Lunatic asylums Central Provinces reports 1874-1885 - 1874-1885
Year: 1874
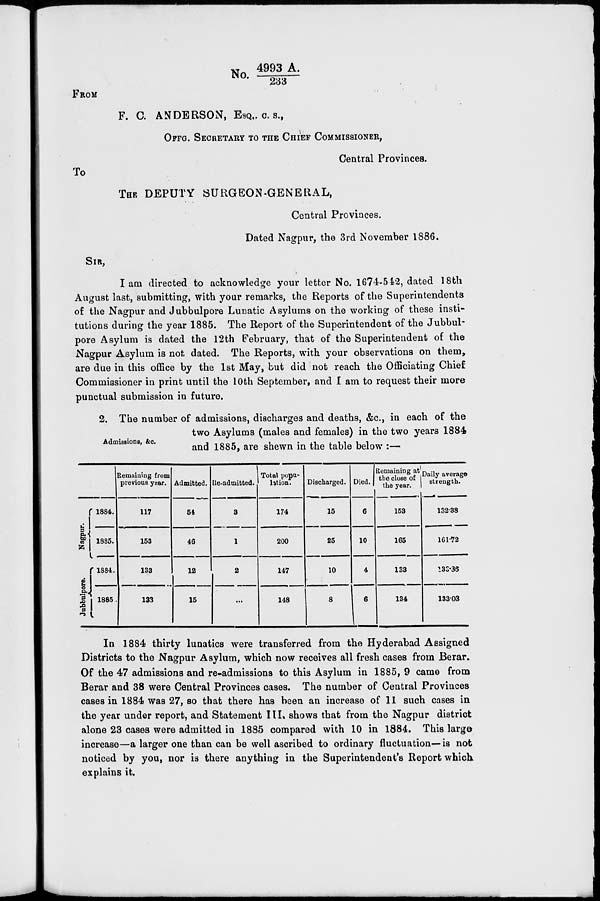
No. 4993 A./233
FROM
F. C. ANDERSON, ESQ., C. S.,
OFFG. SECRETARY TO THE CHIEF COMMISSIONER,
Central Provinces.
To
THE DEPUTY SURGEON-GENERAL,
Central Provinces.
Dated Nagpur, the 3rd November 1886.
SIR,
I am directed to acknowledge your letter No. 1674-542, dated 18th
August last, submitting, with your remarks, the Reports of the Superintendents
of the Nagpur and Jubbulpore Lunatic Asylums on the working of these insti-
tutions during the year 1885. The Report of the Superintendent of the Jubbul-
pore Asylum is dated the 12th February, that of the Superintendent of the
Nagpur Asylum is not dated. The Reports, with your observations on them,
are due in this office by the 1st May, but did not reach the Officiating Chief
Commissioner in print until the 10th September, and I am to request their more
punctual submission in future.
Admissions, &c.
2. The number of admissions, discharges and deaths, &c., in each of the
two Asylums (males and females) in the two years 1884
and 1885, are shewn in the table below :—
Nagpur.
Jubbulpore.
1884.
1885.
1884.
1885.
Remaining from
previous year.
117
153
133
133
Admitted.
54
46
12
15
Re-admitted.
3
1
2
...
Total popu-
lation.
174
200
147
148
Discharged.
15
25
10
8
Died.
6
10
4
6
Remaining at
the close of
the year.
153
165
133
134
Daily average
strength.
132.38
161.72
133.36
133.03
In 1884 thirty lunatics were transferred from the Hyderabad Assigned
Districts to the Nagpur Asylum, which now receives all fresh cases from Berar.
Of the 47 admissions and re-admissions to this Asylum in 1885, 9 came from
Berar and 38 were Central Provinces cases. The number of Central Provinces
cases in 1884 was 27, so that there has been an increase of 11 such cases in
the year under report, and Statement III. shows that from the Nagpur district
alone 23 cases were admitted in 1885 compared with 10 in 1884. This large
increase—a larger one than can be well ascribed to ordinary fluctuation—is not
noticed by you, nor is there anything in the Superintendent's Report which
explains it.